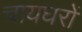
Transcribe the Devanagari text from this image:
चायघरों